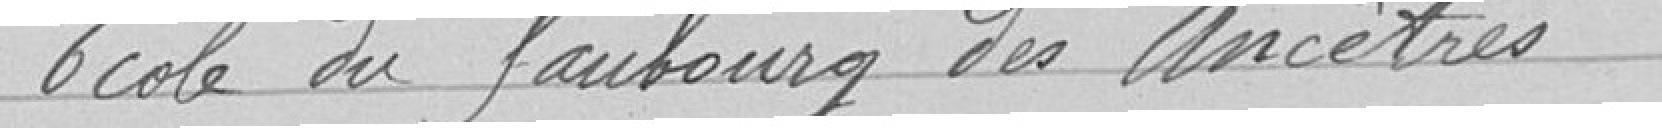
Ecole du faubourg des Ancêtres